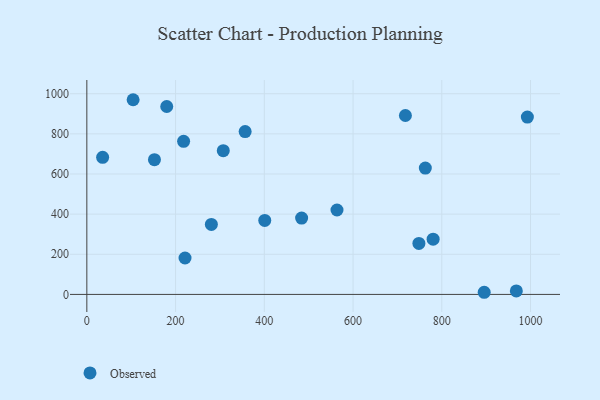
{"axis": {"x": "Price", "y": "Fuel Efficiency"}, "legend": ["Observed"], "data": [{"x": "780.5", "y": 275.4, "type": "Observed"}, {"x": "968.0", "y": 17.6, "type": "Observed"}, {"x": "762.9", "y": 629.5, "type": "Observed"}, {"x": "180.1", "y": 936.3, "type": "Observed"}, {"x": "895.6", "y": 10.7, "type": "Observed"}, {"x": "718.0", "y": 891.5, "type": "Observed"}, {"x": "221.3", "y": 181.6, "type": "Observed"}, {"x": "401.0", "y": 368.9, "type": "Observed"}, {"x": "104.3", "y": 970.1, "type": "Observed"}, {"x": "35.6", "y": 683.1, "type": "Observed"}, {"x": "218.1", "y": 762.7, "type": "Observed"}, {"x": "992.9", "y": 883.6, "type": "Observed"}, {"x": "484.1", "y": 380.5, "type": "Observed"}, {"x": "356.8", "y": 811.3, "type": "Observed"}, {"x": "152.4", "y": 671.3, "type": "Observed"}, {"x": "748.4", "y": 254.0, "type": "Observed"}, {"x": "280.7", "y": 349.0, "type": "Observed"}, {"x": "563.8", "y": 420.7, "type": "Observed"}, {"x": "307.5", "y": 716.3, "type": "Observed"}]}